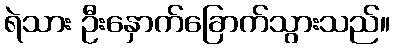
ရဲသား ဦးနှောက်ခြောက်သွားသည်။